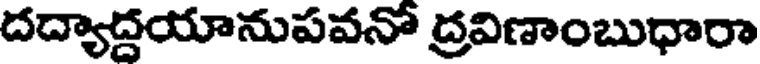
దద్యాద్దయానుపవనో ద్రవిణాంబుధారా